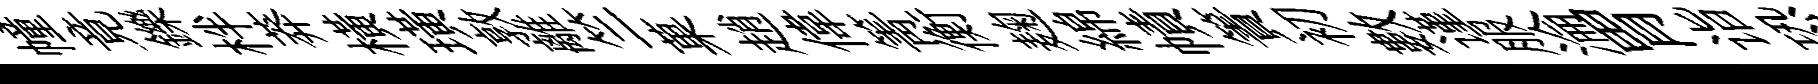
幢竟鑠柈莽横璜敦離竺菓趙偉箐衡麹綿幘簀初數谨服淪胃诣恐嘱絡